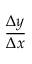
\frac { \Delta y } { \Delta x }